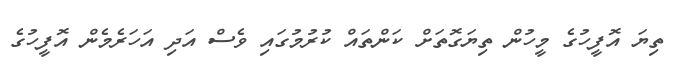
ތިޔަ އޮފީހުގެ މީހުން ތިޔަގޮތަށް ކަންތައް ކުރުމުގައި ވެސް އަދި އަހަރެމެން އޮފީހުގެ